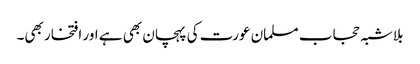
بلاشبہ حجاب مسلمان عورت کی پہچان بھی ہے اور افتخار بھی۔